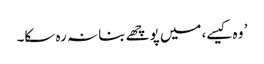
’ وہ کیسے، میں پوچھے بنا نہ رہ سکا۔